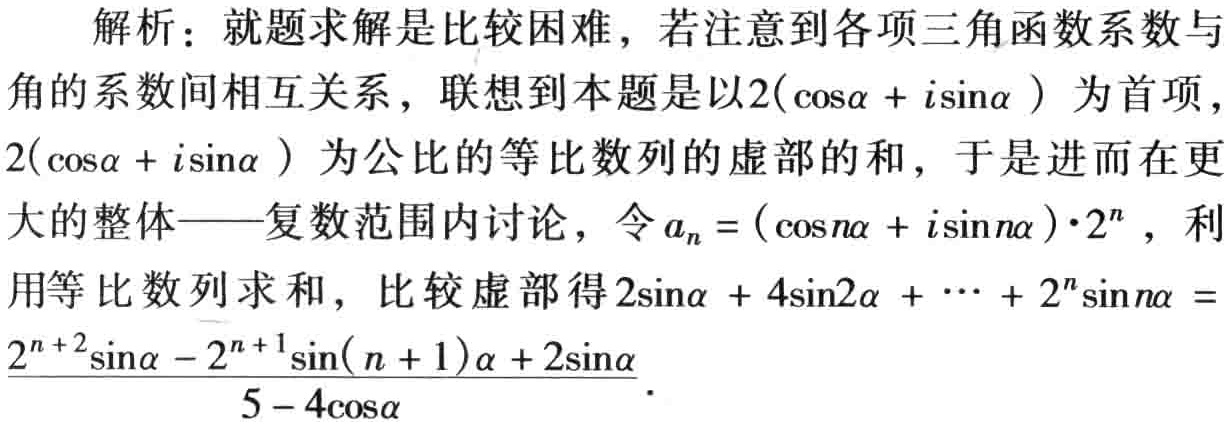
解析：就题求解是比较困难，若注意到各项三角函数系数与角的系数间相互关系，联想到本题是以\(2(\cos\alpha + i\sin\alpha )\)为首项，\(2(\cos\alpha + i\sin\alpha )\)为公比的等比数列的虚部的和，于是进而在更大的整体——复数范围内讨论，令\(a_{n}=(\cos n\alpha + i\sin n\alpha )\cdot 2^{n}\)，利用等比数列求和，比较虚部得\(2\sin\alpha + 4\sin2\alpha + \cdots + 2^{n}\sin n\alpha =\frac{2^{n + 2}\sin\alpha - 2^{n + 1}\sin( n + 1)\alpha + 2\sin\alpha}{5 - 4\cos\alpha}\)。